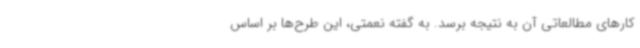
کارهای مطالعاتی آن به نتیجه برسد. به گفته نعمتی، این طرح‌ها بر اساس